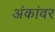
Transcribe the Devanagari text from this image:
अंकांवर